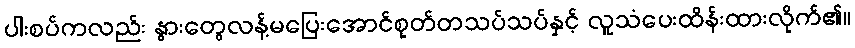
ပါးစပ်ကလည်း နွားတွေလန့်မပြေးအောင်စုတ်တသပ်သပ်နှင့် လူသံပေးထိန်းထားလိုက်၏။